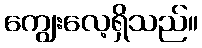
ကျွေးလေ့ရှိသည်။